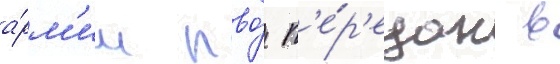
а́рм'ии пво́ п'е́р'едан в